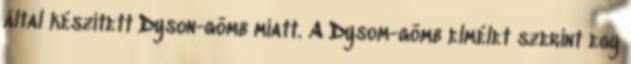
által készített Dyson-gömb miatt. A Dysom-gömb elmélet szerint egy